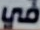
في